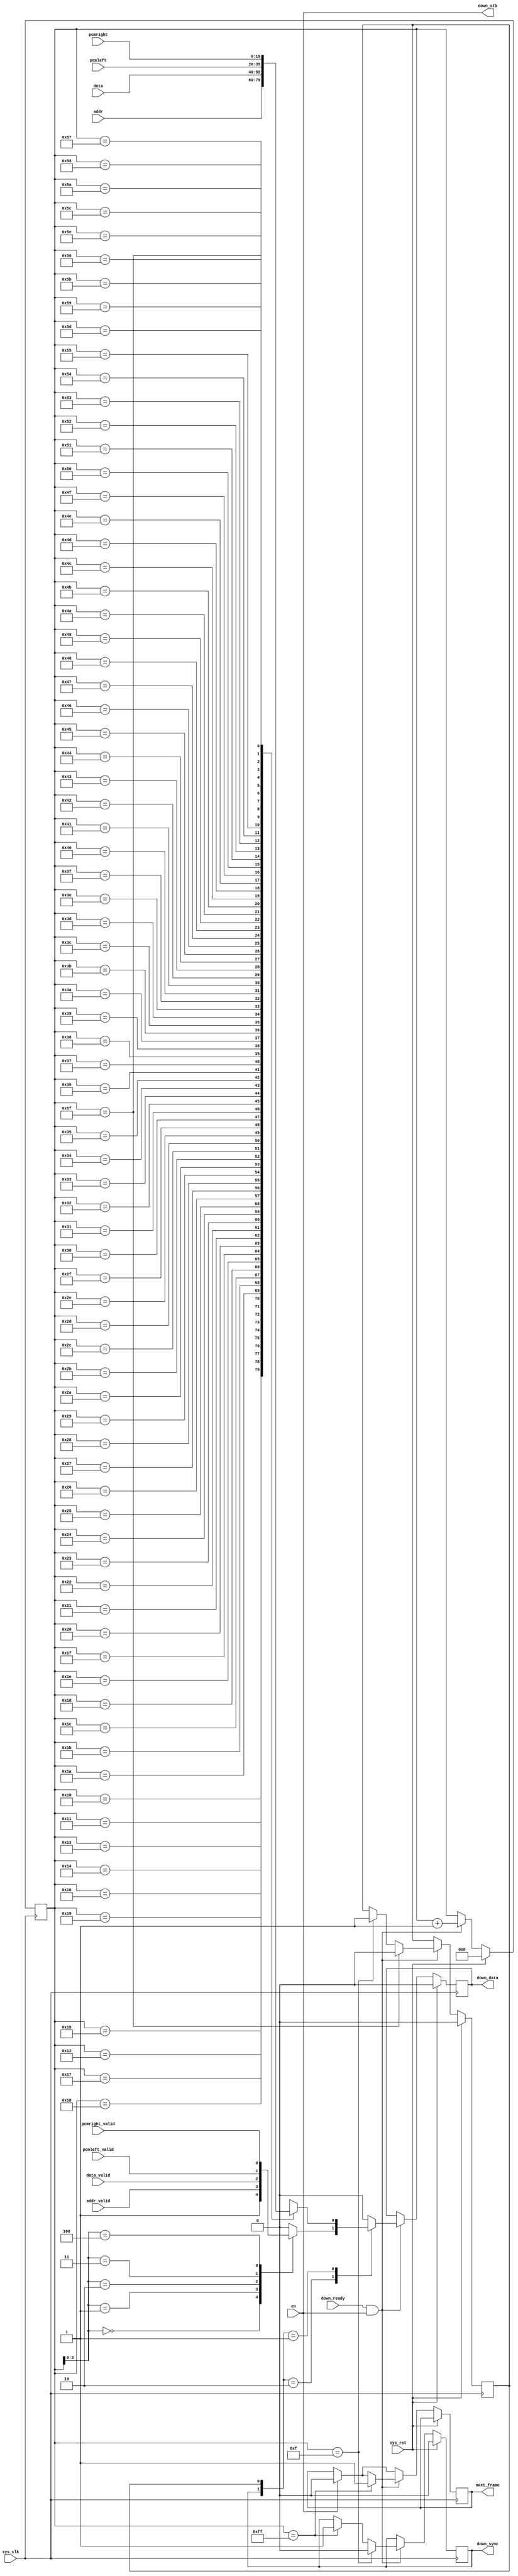
module ac97_framer(
	input sys_clk,
	input sys_rst,
	
	/* to transceiver */
	input down_ready,
	output down_stb,
	output reg down_sync,
	output reg down_data,
	
	/* frame data */
	input en,
	output reg next_frame,
	input addr_valid,
	input [19:0] addr,
	input data_valid,
	input [19:0] data,
	input pcmleft_valid,
	input [19:0] pcmleft,
	input pcmright_valid,
	input [19:0] pcmright
);

reg [7:0] bitcounter;

reg slot_bit;
always @(*) begin
	case(bitcounter)
		8'd16: slot_bit = addr[19];
		8'd17: slot_bit = addr[18];
		8'd18: slot_bit = addr[17];
		8'd19: slot_bit = addr[16];
		8'd20: slot_bit = addr[15];
		8'd21: slot_bit = addr[14];
		8'd22: slot_bit = addr[13];
		8'd23: slot_bit = addr[12];
		8'd24: slot_bit = addr[11];
		8'd25: slot_bit = addr[10];
		8'd26: slot_bit = addr[9];
		8'd27: slot_bit = addr[8];
		8'd28: slot_bit = addr[7];
		8'd29: slot_bit = addr[6];
		8'd30: slot_bit = addr[5];
		8'd31: slot_bit = addr[4];
		8'd32: slot_bit = addr[3];
		8'd33: slot_bit = addr[2];
		8'd34: slot_bit = addr[1];
		8'd35: slot_bit = addr[0];
		
		8'd36: slot_bit = data[19];
		8'd37: slot_bit = data[18];
		8'd38: slot_bit = data[17];
		8'd39: slot_bit = data[16];
		8'd40: slot_bit = data[15];
		8'd41: slot_bit = data[14];
		8'd42: slot_bit = data[13];
		8'd43: slot_bit = data[12];
		8'd44: slot_bit = data[11];
		8'd45: slot_bit = data[10];
		8'd46: slot_bit = data[9];
		8'd47: slot_bit = data[8];
		8'd48: slot_bit = data[7];
		8'd49: slot_bit = data[6];
		8'd50: slot_bit = data[5];
		8'd51: slot_bit = data[4];
		8'd52: slot_bit = data[3];
		8'd53: slot_bit = data[2];
		8'd54: slot_bit = data[1];
		8'd55: slot_bit = data[0];
		
		8'd56: slot_bit = pcmleft[19];
		8'd57: slot_bit = pcmleft[18];
		8'd58: slot_bit = pcmleft[17];
		8'd59: slot_bit = pcmleft[16];
		8'd60: slot_bit = pcmleft[15];
		8'd61: slot_bit = pcmleft[14];
		8'd62: slot_bit = pcmleft[13];
		8'd63: slot_bit = pcmleft[12];
		8'd64: slot_bit = pcmleft[11];
		8'd65: slot_bit = pcmleft[10];
		8'd66: slot_bit = pcmleft[9];
		8'd67: slot_bit = pcmleft[8];
		8'd68: slot_bit = pcmleft[7];
		8'd69: slot_bit = pcmleft[6];
		8'd70: slot_bit = pcmleft[5];
		8'd71: slot_bit = pcmleft[4];
		8'd72: slot_bit = pcmleft[3];
		8'd73: slot_bit = pcmleft[2];
		8'd74: slot_bit = pcmleft[1];
		8'd75: slot_bit = pcmleft[0];
		
		8'd76: slot_bit = pcmright[19];
		8'd77: slot_bit = pcmright[18];
		8'd78: slot_bit = pcmright[17];
		8'd79: slot_bit = pcmright[16];
		8'd80: slot_bit = pcmright[15];
		8'd81: slot_bit = pcmright[14];
		8'd82: slot_bit = pcmright[13];
		8'd83: slot_bit = pcmright[12];
		8'd84: slot_bit = pcmright[11];
		8'd85: slot_bit = pcmright[10];
		8'd86: slot_bit = pcmright[9];
		8'd87: slot_bit = pcmright[8];
		8'd88: slot_bit = pcmright[7];
		8'd89: slot_bit = pcmright[6];
		8'd90: slot_bit = pcmright[5];
		8'd91: slot_bit = pcmright[4];
		8'd92: slot_bit = pcmright[3];
		8'd93: slot_bit = pcmright[2];
		8'd94: slot_bit = pcmright[1];
		8'd95: slot_bit = pcmright[0];
		default: slot_bit = 1'bx;
	endcase
end

reg in_slot;

always @(posedge sys_clk) begin
	if(sys_rst) begin
		bitcounter <= 8'd0;
		down_sync <= 1'b0;
		down_data <= 1'b0;
		in_slot <= 1'b0;
	end else begin
		if(en)
			next_frame <= 1'b0;
		if(down_ready & en) begin
			if(bitcounter == 8'd255)
				next_frame <= 1'b1;
			
			if(bitcounter == 8'd255)
				down_sync <= 1'b1;
			if(bitcounter == 8'd15)
				down_sync <= 1'b0;
			
			if(bitcounter == 8'd15)
				in_slot <= 1'b1;
			if(bitcounter == 8'd95)
				in_slot <= 1'b0;
			
			case({down_sync, in_slot})
				2'b10: begin
					/* Tag */
					case(bitcounter[3:0])
						4'h0: down_data <= 1'b1;		// Frame valid
						4'h1: down_data <= addr_valid;		// Slot 1 valid
						4'h2: down_data <= data_valid;		// Slot 2 valid
						4'h3: down_data <= pcmleft_valid;	// Slot 3 valid
						4'h4: down_data <= pcmright_valid;	// Slot 4 valid
						default: down_data <= 1'b0;
					endcase
					//$display("PCMRIGHT_V: %b", pcmright_valid);
				end
				2'b01:
					/* Active slot */
					down_data <= slot_bit;
				default: down_data <= 1'b0;
			endcase
			
			bitcounter <= bitcounter + 8'd1;
		end
	end
end

assign down_stb = en;

endmodule